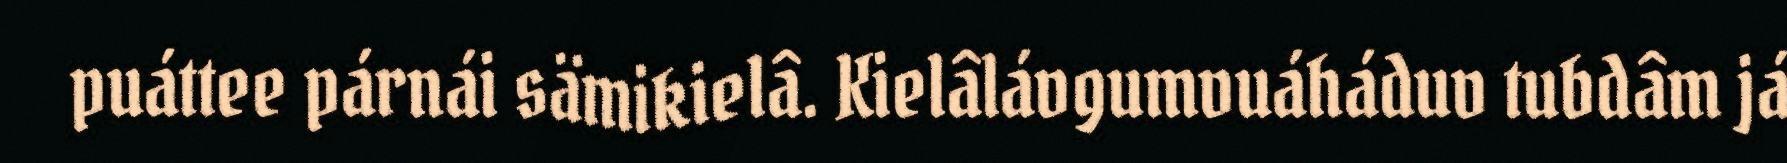
puáttee párnái sämikielâ. Kielâlávgumvuáháduv tubdâm já